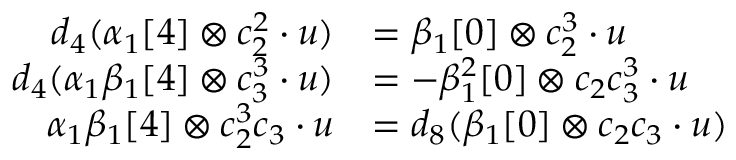
\begin{array} { r l } { d _ { 4 } ( \alpha _ { 1 } [ 4 ] \otimes c _ { 2 } ^ { 2 } \cdot u ) } & { = \beta _ { 1 } [ 0 ] \otimes c _ { 2 } ^ { 3 } \cdot u } \\ { d _ { 4 } ( \alpha _ { 1 } \beta _ { 1 } [ 4 ] \otimes c _ { 3 } ^ { 3 } \cdot u ) } & { = - \beta _ { 1 } ^ { 2 } [ 0 ] \otimes c _ { 2 } c _ { 3 } ^ { 3 } \cdot u } \\ { \alpha _ { 1 } \beta _ { 1 } [ 4 ] \otimes c _ { 2 } ^ { 3 } c _ { 3 } \cdot u } & { = d _ { 8 } ( \beta _ { 1 } [ 0 ] \otimes c _ { 2 } c _ { 3 } \cdot u ) } \end{array}